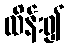
ထိန်း၍